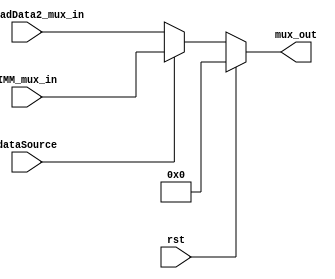
module nbit_mux(
    input [31:0]        S2_ReadData2_mux_in,
    input [31:0]        IMM_mux_in,
    input               dataSource,
    input               rst,
    output reg [31:0]   mux_out
    );
    
    always @ (*) begin
        if (rst) begin
            mux_out <= 32'b0;
        end
        else if (dataSource == 1) begin
            mux_out <= IMM_mux_in;
        end
        else begin
            mux_out <= S2_ReadData2_mux_in;
        end
    end
endmodule